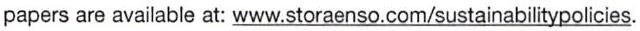
papers are available at: www.storaenso.com/sustainabilitypolicies.